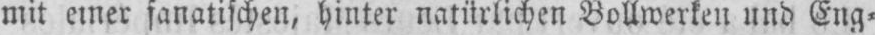
mit einer fanatischen, hinter natürlichen Bollwerken und Eng⸗